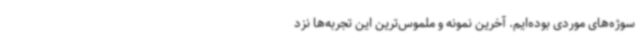
سوژه‌های موردی بوده‌ایم. آخرین نمونه و ملموس‌ترین این تجربه‌ها نزد